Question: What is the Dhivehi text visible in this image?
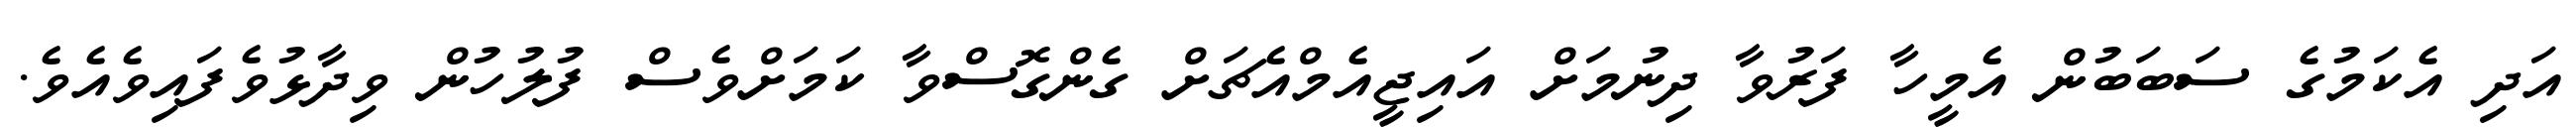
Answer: އަދި އެކަމުގެ ސަބަބުން އެމީހާ ފަރުވާ ދިނުމަށް އައިޖީއެމްއެޗަށް ގެންގޮސްވާ ކަމަށްވެސް ފުލުހުން ވިދާޅުވެފައިވެއެވެ.